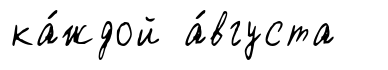
ка́ждой а́вгуста